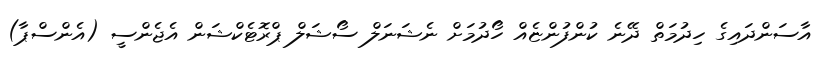
އާސަންދައިގެ ހިދުމަތް ދޭނެ ކުންފުންޏެއް ހޯދުމަށް ނެޝަނަލް ސޯޝަލް ޕްރޮޓެކްޝަން އެޖެންސީ (އެންސްޕާ)